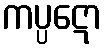
ကပ္ပဋော